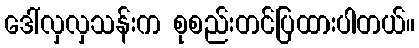
ဒေါ်လှလှသန်းက စုစည်းတင်ပြထားပါတယ်။